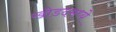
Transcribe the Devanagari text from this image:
खोडदमध्ये